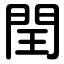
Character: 閏